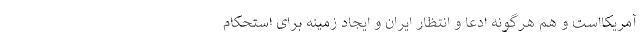
آمریکااست و هم هرگونه ادّعا و انتظار ایران و ایجاد زمینه برای استحکام